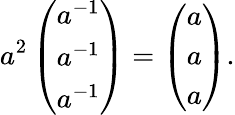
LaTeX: a^{2}\left(\begin{array}{r}{a^{-1}}\\ {a^{-1}}\\ {a^{-1}}\end{array}\right)=\left(\begin{array}{r}{a}\\ {a}\\ {a}\end{array}\right).